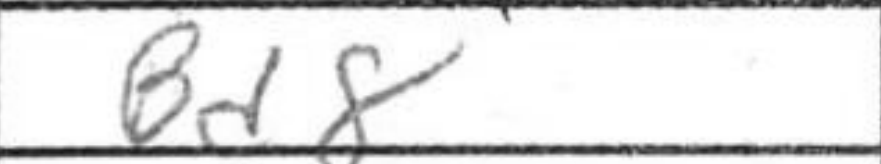
Transcription: Bd8